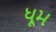
ધૂમ